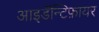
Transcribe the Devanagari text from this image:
आइडॅन्टिफ़ायर